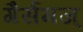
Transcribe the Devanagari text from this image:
गैर्समज्